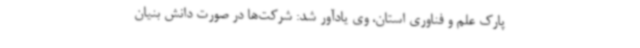
پارک علم و فناوری استان، وی یادآور شد: شرکت‌ها در صورت دانش بنیان